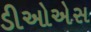
ડીઓએસ